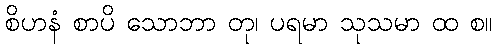
စိဟနံ စာပိ သောဘာ တု၊ ပရမာ သုသမာ ထ စ။